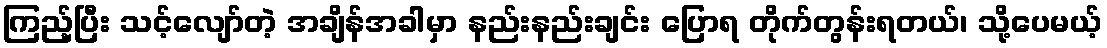
ကြည့်ပြီး သင့်လျော်တဲ့ အချိန်အခါမှာ နည်းနည်းချင်း ပြောရ တိုက်တွန်းရတယ်၊ သို့ပေမယ့်